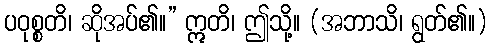
ပဝုစ္စတိ၊ ဆိုအပ်၏။” ဣတိ၊ ဤသို့။ (အဘာသိ၊ ရွတ်၏။)